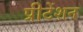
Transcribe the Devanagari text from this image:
प्रीटेंशन